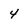
Character: 4